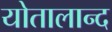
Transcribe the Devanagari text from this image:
योतालान्द